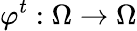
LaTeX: \varphi^{t}:\Omega\to\Omega